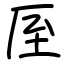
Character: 厔